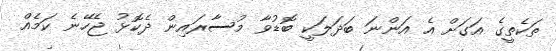
ތަކެތީގެ އަގަށް އެ އަންނަ ބަދަލަކީ ބޮޑުވާ މުސާރައިން ދެކޮޅު ޖެހޭނެ ކަމެއް